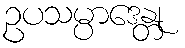
ဥပသမ္ပာဒေန္တု